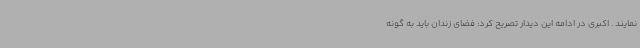
نمایند . اکبری در ادامه این دیدار تصریح کرد: فضای زندان باید به گونه